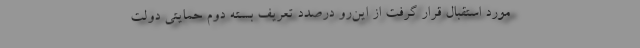
مورد استقبال قرار گرفت از این‌رو درصدد تعریف بسته دوم حمایتی دولت